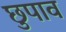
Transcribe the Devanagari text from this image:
छुपाव